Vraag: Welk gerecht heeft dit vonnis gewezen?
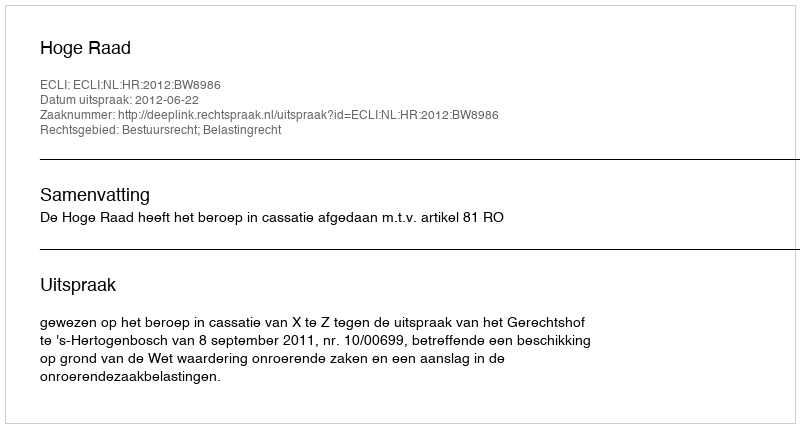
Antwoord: Hoge Raad